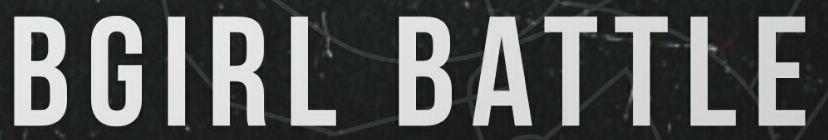
BGIRL BATTLE